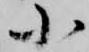
小